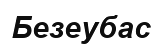
Безеубас